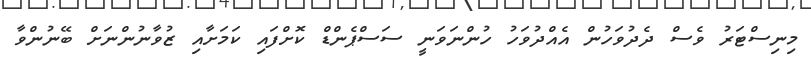
މިނިސްޓަރު ވެސް ދެދުވަހުން އެއްދުވަހު ހުންނަވަނީ ސަސްޕެންޑް ކޮށްފައި ކަމަށާއި ޒުވާނުންނަށް ބޭނުންވާ